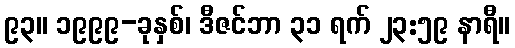
၉၃။ ၁၉၉၉-ခုနှစ်၊ ဒီဇင်ဘာ ၃၁ ရက် ၂၃:၅၉ နာရီ။